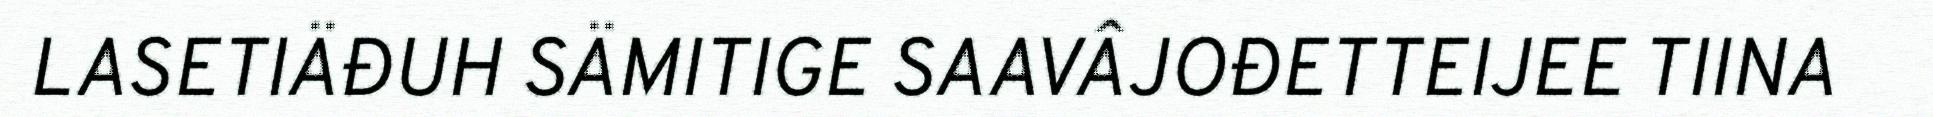
LASETIÄĐUH SÄMITIGE SAAVÂJOĐETTEIJEE TIINA